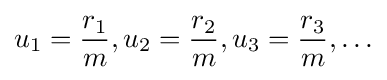
u_{1}={\frac {r_{1}}{m}},u_{2}={\frac {r_{2}}{m}},u_{3}={\frac {r_{3}}{m}},\ldots